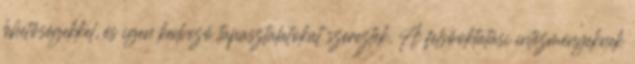
lehetőségekkel, és igen kedvező tapasztalatokat szereztek. A felsőoktatási intézményeknek